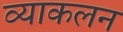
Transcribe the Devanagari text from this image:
व्याकलन